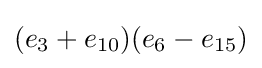
(e_{3}+e_{10})(e_{6}-e_{15})